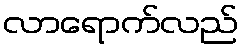
လာရောက်လည်